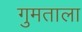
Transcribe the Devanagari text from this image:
गुमताला